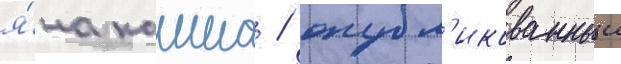
я́на каиша / опубл'икованныи